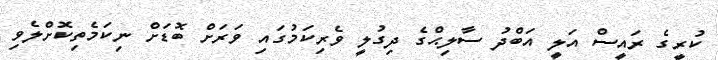
ކުރީގެ ރައީސް އަލީ އަބްދު ސާލިޙްގެ ދިގުލީ ވެރިކަމުގައި ވަރަށް ބޮޑަށް ނިކަމެތިކޮށްލެވި